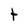
Character: t